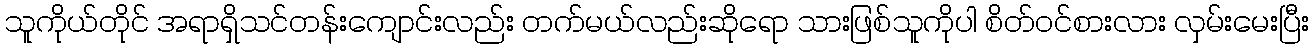
သူကိုယ်တိုင် အရာရှိသင်တန်းကျောင်းလည်း တက်မယ်လည်းဆိုရော သားဖြစ်သူကိုပါ စိတ်ဝင်စားလား လှမ်းမေးပြီး